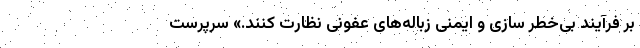
بر فرآیند بی‌خطر سازی و ایمنی زباله‌های عفونی نظارت کنند.» سرپرست